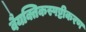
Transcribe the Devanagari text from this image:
वैयक्तिकस्पष्टीकरण